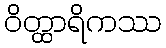
ဝိတ္ထာရိကဿ